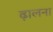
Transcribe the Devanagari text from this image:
ढ़ालना